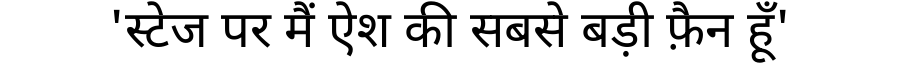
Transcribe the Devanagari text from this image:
'स्टेज पर मैं ऐश की सबसे बड़ी फ़ैन हूँ'